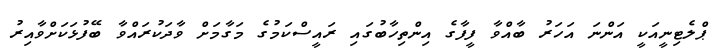
ޕްލެޓިނީއަކީ އަންނަ އަހަރު ބާއްވާ ފީފާގެ އިންތިހާބުގައި ރައީސްކަމުގެ މަގާމަށް ވާދަކުރައްވާ ބޭފުޅަކަށްވާއިރު